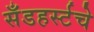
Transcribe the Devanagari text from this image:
सँडहर्स्टचे